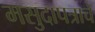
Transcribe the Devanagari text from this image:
मसुदापत्राचे